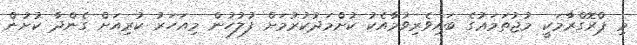
މި ޕްރޮގްރާމަކީ މުޖުތަމަޢުގެ ބައިވެރިވުމާއެކު ކުށްމަދުކުރުމަށް ފުލުހުން މިއަހަރު ކުރިއަށް ގެންދާ ކުށުން